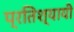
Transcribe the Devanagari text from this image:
प्रतिश्यायी